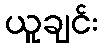
ယူချင်း